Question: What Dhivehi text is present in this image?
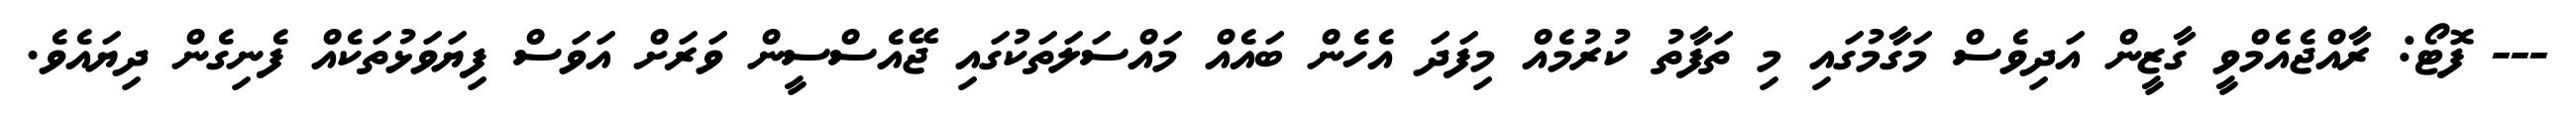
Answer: --- ފޮޓޯ: ރާއްޖެއެމްވީ ގާޒީން އަދިވެސް މަގާމުގައި މި ތަފާތު ކުރުމެއް މިފަދަ އެހެން ބައެއް މައްސަލަތަކުގައި ޖޭއެސްސީން ވަރަށް އަވަސް ފިޔަވަޅުތަކެއް ފެނިގެން ދިޔައެވެ.